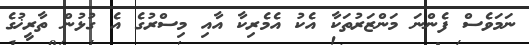
ނަމަވެސް ފެންނަ މަންޒަރުތަކާ އެކު އެމެރިކާ އާއި މިސްރުގެ އެ ގުޅުން ތާރީޚުގެ